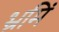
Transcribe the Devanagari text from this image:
भ्रमिं